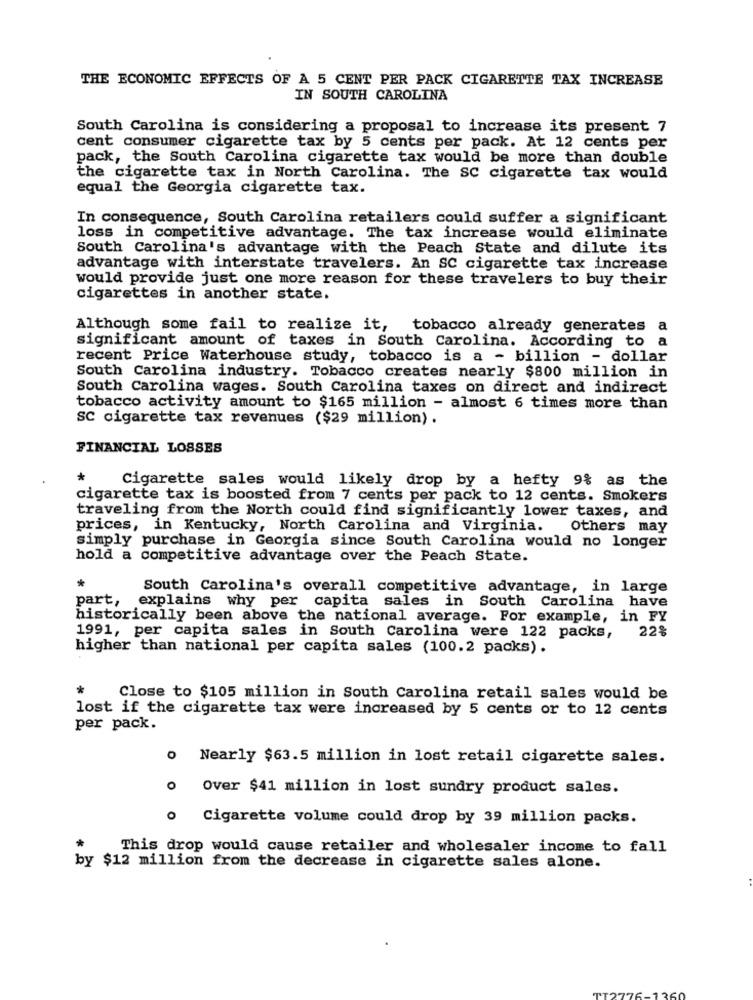
THE ECONOMIC EFFECTS OF A 5 CENT PER PACK CIGARETTE TAX INCREASE
IN SOUTH CAROLINA
South Carolina is considering a proposal to increase its present 7
cent consumer cigarette tax by 5 cents per pack. At 12 cents per
pack, the South Carolina cigarette tax would be more than double
the cigarette tax in North Carolina. The SC cigarette tax would
equal the Georgia cigarette tax.
In consequence, South Carolina retailers could suffer a significant
loss in competitive advantage. The tax increase would eliminate
South Carolina's advantage with the Peach State and dilute its
advantage with interstate travelers. An SC cigarette tax increase
would provide just one more reason for these travelers to buy their
cigarettes in another state.
Although some fail to realize it, tobacco already generates a
significant amount of taxes in South Carolina. According to a
recent Price Waterhouse study, tobacco is a - billion - dollar
South Carolina industry. Tobacco creates nearly $800 million in
South Carolina wages. South Carolina taxes on direct and indirect
tobacco activity amount to $165 million - almost 6 times more than
SC cigarette tax revenues ($29 million) .
FINANCIAL LOSSES
*
Cigarette sales would likely drop by a hefty 9% as the
cigarette tax is boosted from 7 cents per pack to 12 cents. Smokers
traveling from the North could find significantly lower taxes, and
prices, in Kentucky, North Carolina and Virginia.
Others may
simply purchase in Georgia since South Carolina would no longer
hold a competitive advantage over the Peach State.
*
South Carolina's overall competitive advantage, in large
part,
explains why per capita sales in South Carolina have
historically been above the national average. For example, in FY
22%
1991, per capita sales in South Carolina were 122 packs,
higher than national per capita sales (100.2 packs).
Close to $105 million in South Carolina retail sales would be
lost if the cigarette tax were increased by 5 cents or to 12 cents
per pack.
0
Nearly $63.5 million in lost retail cigarette sales.
Over $41 million in lost sundry product sales.
. Cigarette volume could drop by 39 million packs.
This drop would cause retailer and wholesaler income to fall
by $12 million from the decrease in cigarette sales alone.